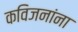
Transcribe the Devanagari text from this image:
कविजनांना